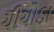
ચીચોડા